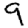
Digit: 9